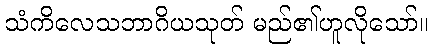
သံကိလေသဘာဂိယသုတ် မည်၏ဟူလိုသော်။